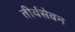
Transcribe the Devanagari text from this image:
तीर्थसेवन